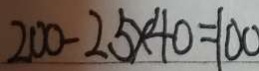
2 0 0 - 2 5 \times 4 0 = 1 0 0